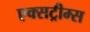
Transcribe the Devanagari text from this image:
एक्सट्रीम्स